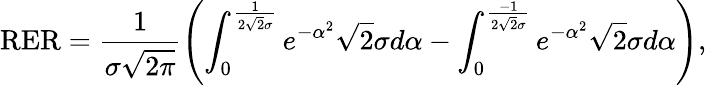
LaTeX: \textup{RER}=\frac{1}{\sigma\sqrt{2\pi}}\left(\int_{0}^{\frac{1}{2\sqrt{2}\sigma}}e^{-\alpha^{2}}\sqrt{2}\sigma d\alpha-\int_{0}^{\frac{-1}{2\sqrt{2}\sigma}}e^{-\alpha^{2}}\sqrt{2}\sigma d\alpha\right),